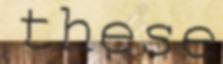
these